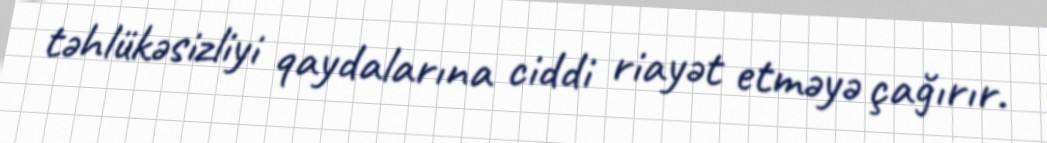
təhlükəsizliyi qaydalarına ciddi riayət etməyə çağırır.